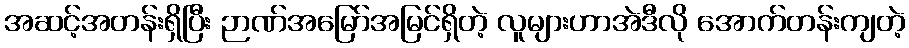
အဆင့်အတန်းရှိပြီး ဉာဏ်အမြော်အမြင်ရှိတဲ့ လူများဟာအဲဒီလို အောက်တန်းကျတဲ့